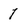
Character: 1